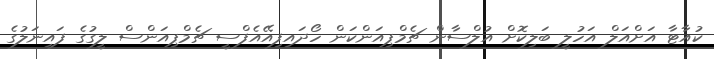
ކުއާޓާ އަށްއަލް އަހުލީ ބަލިކޮށް އުލްސާން ޗެމްޕިއަންކަން ހޯދައިފިއޭއެފްސީ ޗެމްޕިއަންސް ލީގުގެ ފައިނަލުގެ